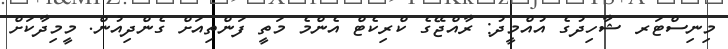
މިނިސްޓަރ ޝާހިދުގެ އުއްމީދު: ރާއްޖޭގެ ކްރިކެޓް އެންމެ މަތީ ފަންތިއަށް ގެންދިއުން. މީމިދާކަށް